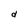
Character: d